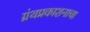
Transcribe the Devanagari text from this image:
ग्रंथप्रकाशनाचा